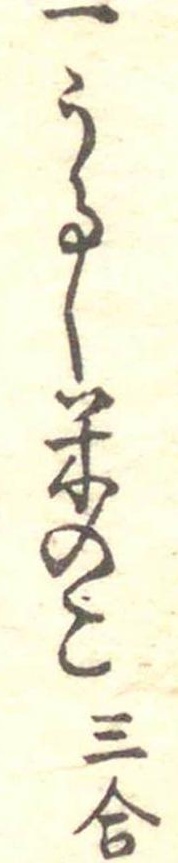
一うるし米のこ三合